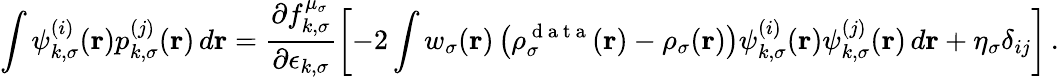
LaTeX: \int\psi_{k,\sigma}^{(i)}(\boldsymbol{\textbf{r}})p_{k,\sigma}^{(j)}(\boldsymbol{\textbf{r}})\, d\boldsymbol{\textbf{r}}=\frac{\partial f_{k,\sigma}^{\mu_{\sigma}}}{\partial\epsilon_{k,\sigma}}\left[-2\int w_{\sigma}(\boldsymbol{\textbf{r}})\left(\rho_{\sigma}^{\mathrm{~d~a~t~a~}}(\boldsymbol{\textbf{r}})-\rho_{\sigma}(\boldsymbol{\textbf{r}})\right)\psi_{k,\sigma}^{(i)}(\boldsymbol{\textbf{r}})\psi_{k,\sigma}^{(j)}(\boldsymbol{\textbf{r}})\, d\boldsymbol{\textbf{r}}+\eta_{\sigma}\delta_{ij}\right]\, .